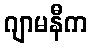
ဂျာမနီက